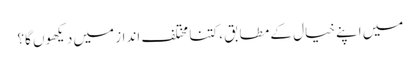
میں اپنے خیال کے مطابق ، کتنا مختلف انداز میں دیکھوں گا؟